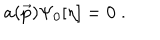
LaTeX: a ( \vec { p } ) \Psi _ { 0 } [ \eta ] = 0 \; .